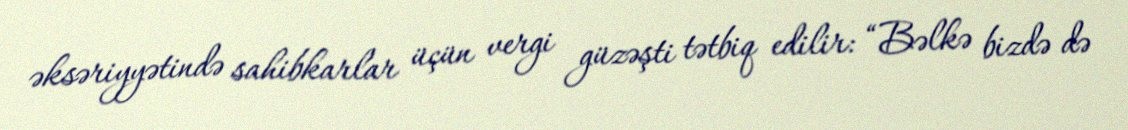
əksəriyyətində sahibkarlar üçün vergi güzəşti tətbiq edilir: “Bəlkə bizdə də